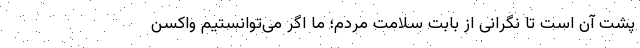
پشت آن است تا نگرانی از بابت سلامت مردم؛ ما اگر می‌توانستیم واکسن